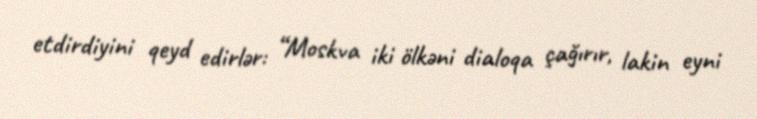
etdirdiyini qeyd edirlər: “Moskva iki ölkəni dialoqa çağırır, lakin eyni